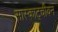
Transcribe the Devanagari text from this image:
सास्काट्चीवन